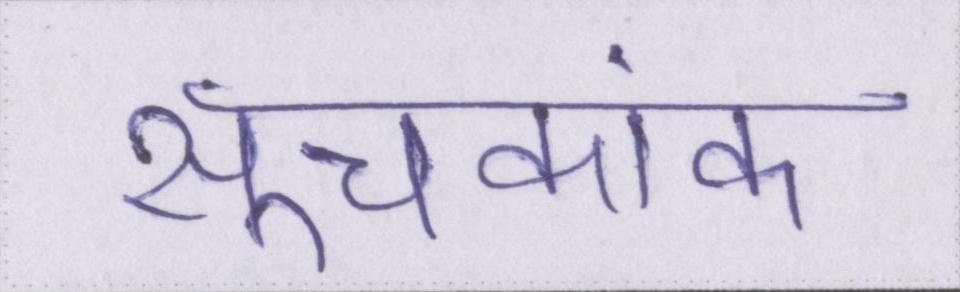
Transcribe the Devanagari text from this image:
सूचकांक